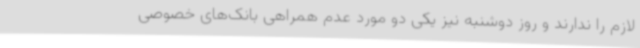
لازم را ندارند و روز دوشنبه نیز یکی دو مورد عدم همراهی بانک‌های خصوصی